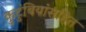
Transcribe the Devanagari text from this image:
कुटुंबियांसहित